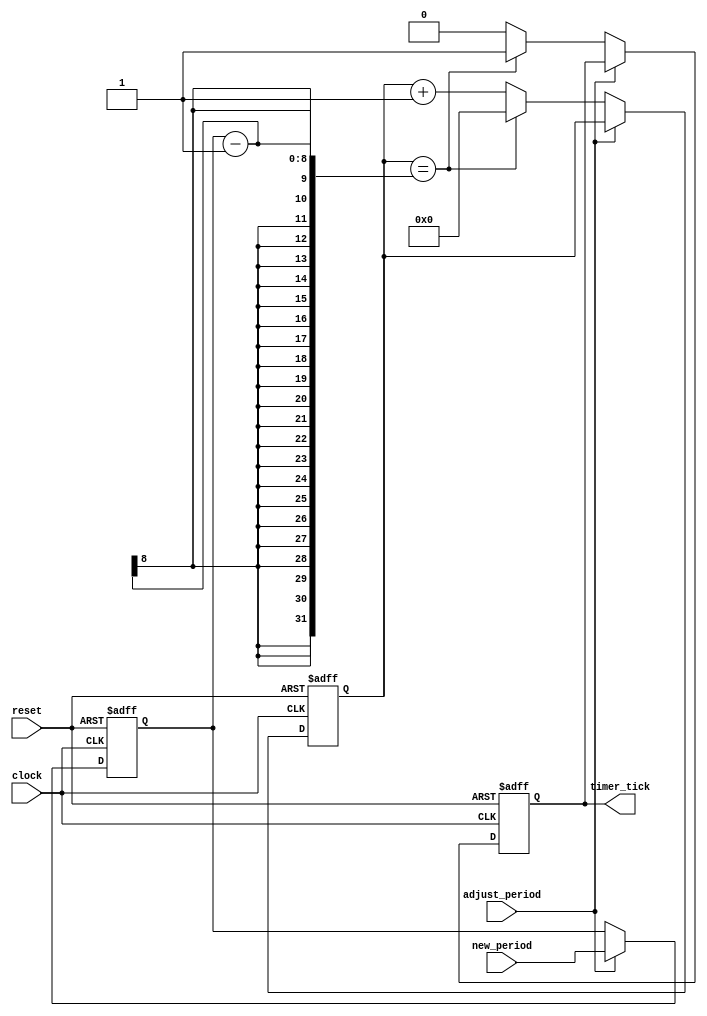
module periodic_timer(
    input wire clock,
    input wire reset,
    input wire adjust_period,
    input wire [7:0] new_period,
    output reg timer_tick
);

reg [7:0] count;
reg [7:0] period;

always @(posedge clock or posedge reset) begin
    if (reset) begin
        count <= 0;
        period <= 100; //default period set to 100 cycles
        timer_tick <= 0;
    end
    else begin
        if (adjust_period) begin
            period <= new_period;
        end
        else begin
            if (count == period - 1) begin
                count <= 0;
                timer_tick <= 1;
            end
            else begin
                count <= count + 1;
                timer_tick <= 0;
            end
        end
    end
end

endmodule